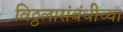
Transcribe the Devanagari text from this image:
विठ्ठलासंबंधीच्या